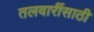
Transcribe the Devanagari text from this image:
तलवारींसाठी